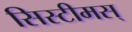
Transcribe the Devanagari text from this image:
सिस्टीमस्